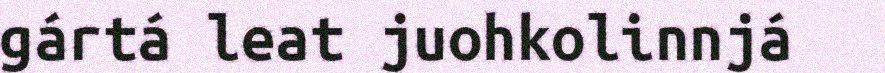
gártá leat juohkolinnjá